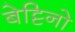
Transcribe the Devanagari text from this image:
बेट्टिनो